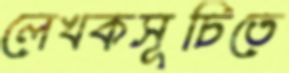
লেখকসূচিতে